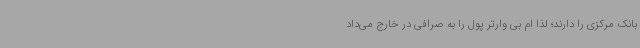
بانک مرکزی را دارند؛ لذا ام بی وارتر پول را به صرافی در خارج می‌داد